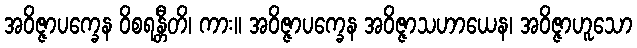
အဝိဇ္ဇာပက္ခေန ဝိစရန္တီတိ၊ ကား။ အဝိဇ္ဇာပက္ခေန အဝိဇ္ဇာသဟာယေန၊ အဝိဇ္ဇာဟူသော